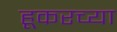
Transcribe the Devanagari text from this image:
हूकरच्या